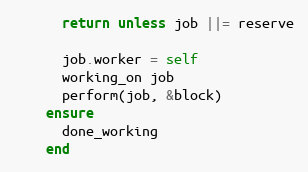
Language: Ruby
      return unless job ||= reserve

      job.worker = self
      working_on job
      perform(job, &block)
    ensure
      done_working
    end